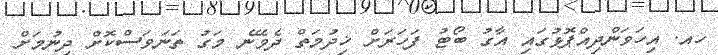
ހއ. އިހަވަންދިއްޕޮޅުގައި އާގު ބޯޓު ފަހަރަށް ޚިދުމަތް ދެވޭނެ މަގު ތަނަވަސްކޮށް ދިނުމަށް